system: You are a helpful assistant.
user:
Analyze the provided spectrum to determine if it is a **Carbon Star (C-type)**.

- **Key Visual Indicators of Carbon Star:**
    - **(Primary):** Strong molecular absorption from **C₂ (diatomic carbon) "Swan Bands."** This is the **defining feature** of a carbon star.
        - **(Key Bandheads):** Sharp absorption edges are visible at approximately $5635$ Å, $5165$ Å (the strongest band), and $4737$ Å.
        - **(Line Profile):** Creates a distinct **"saw-tooth"** pattern. The key morphology is a sharp, steep bandhead on the **red (long-wavelength) side**, which then gradually tapers off (i.e., flux recovers) towards the **blue (short-wavelength) side**. *(This is the direct opposite of the TiO bands seen in M-type stars)*.

    - **(Secondary):** Intense **CN (cyanogen)** molecular absorption bands.
        - **(Key Bandheads):** Located in the blue and violet regions of the spectrum (e.g., near $4215$ Å and $3883$ Å).
        - **(Morphology):** These bands are extremely broad and act as a "blanket," absorbing the vast majority of blue and violet light. This creates a characteristic **"cliff"** or **"steep drop-off"** in the spectrum's flux at short wavelengths.

    - **(Key Confirmation):** Strong **CH absorption band (G-band)**.
        - **(Key Bandhead):** Located around $4300$ Å. The contribution from CH molecules to this band is exceptionally strong.

    - **(Overall Spectrum):**
        - The continuum is severely "chopped up" by these deep molecular bands, especially C₂, rather than appearing as a smooth curve.
        - Due to the heavy CN and C₂ absorption in the blue-green, the vast majority of the star's flux is concentrated in the red part of the spectrum, giving the star its characteristic deep red color.

Think first, call **spectral_visualization_tool** if needed to examine features in detail, then provide your final answer. Your response must adhere to the following strict rules:
1.  **Overall Structure:** Your response must follow the format `<think>...</think> <tool_call>...</tool_call> (if a tool is used) <answer>...</answer>`.
2.  **Tool Usage Constraint:** You may only make **one** tool call per turn.
3.  **Final Answer Format:** In the `<answer>` tag, your conclusion must be inside a `\boxed{}` command (e.g., `\boxed{YES}`), followed by your justification.

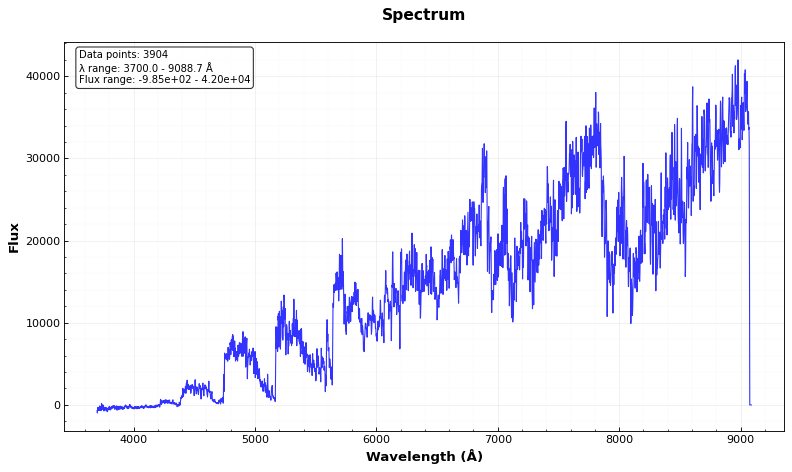
Answer: YES